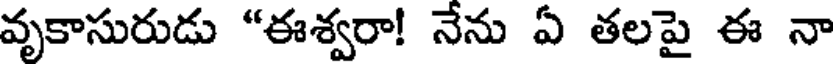
వృకాసురుడు "ఈశ్వరా! నేను ఏ తలపై ఈ నా